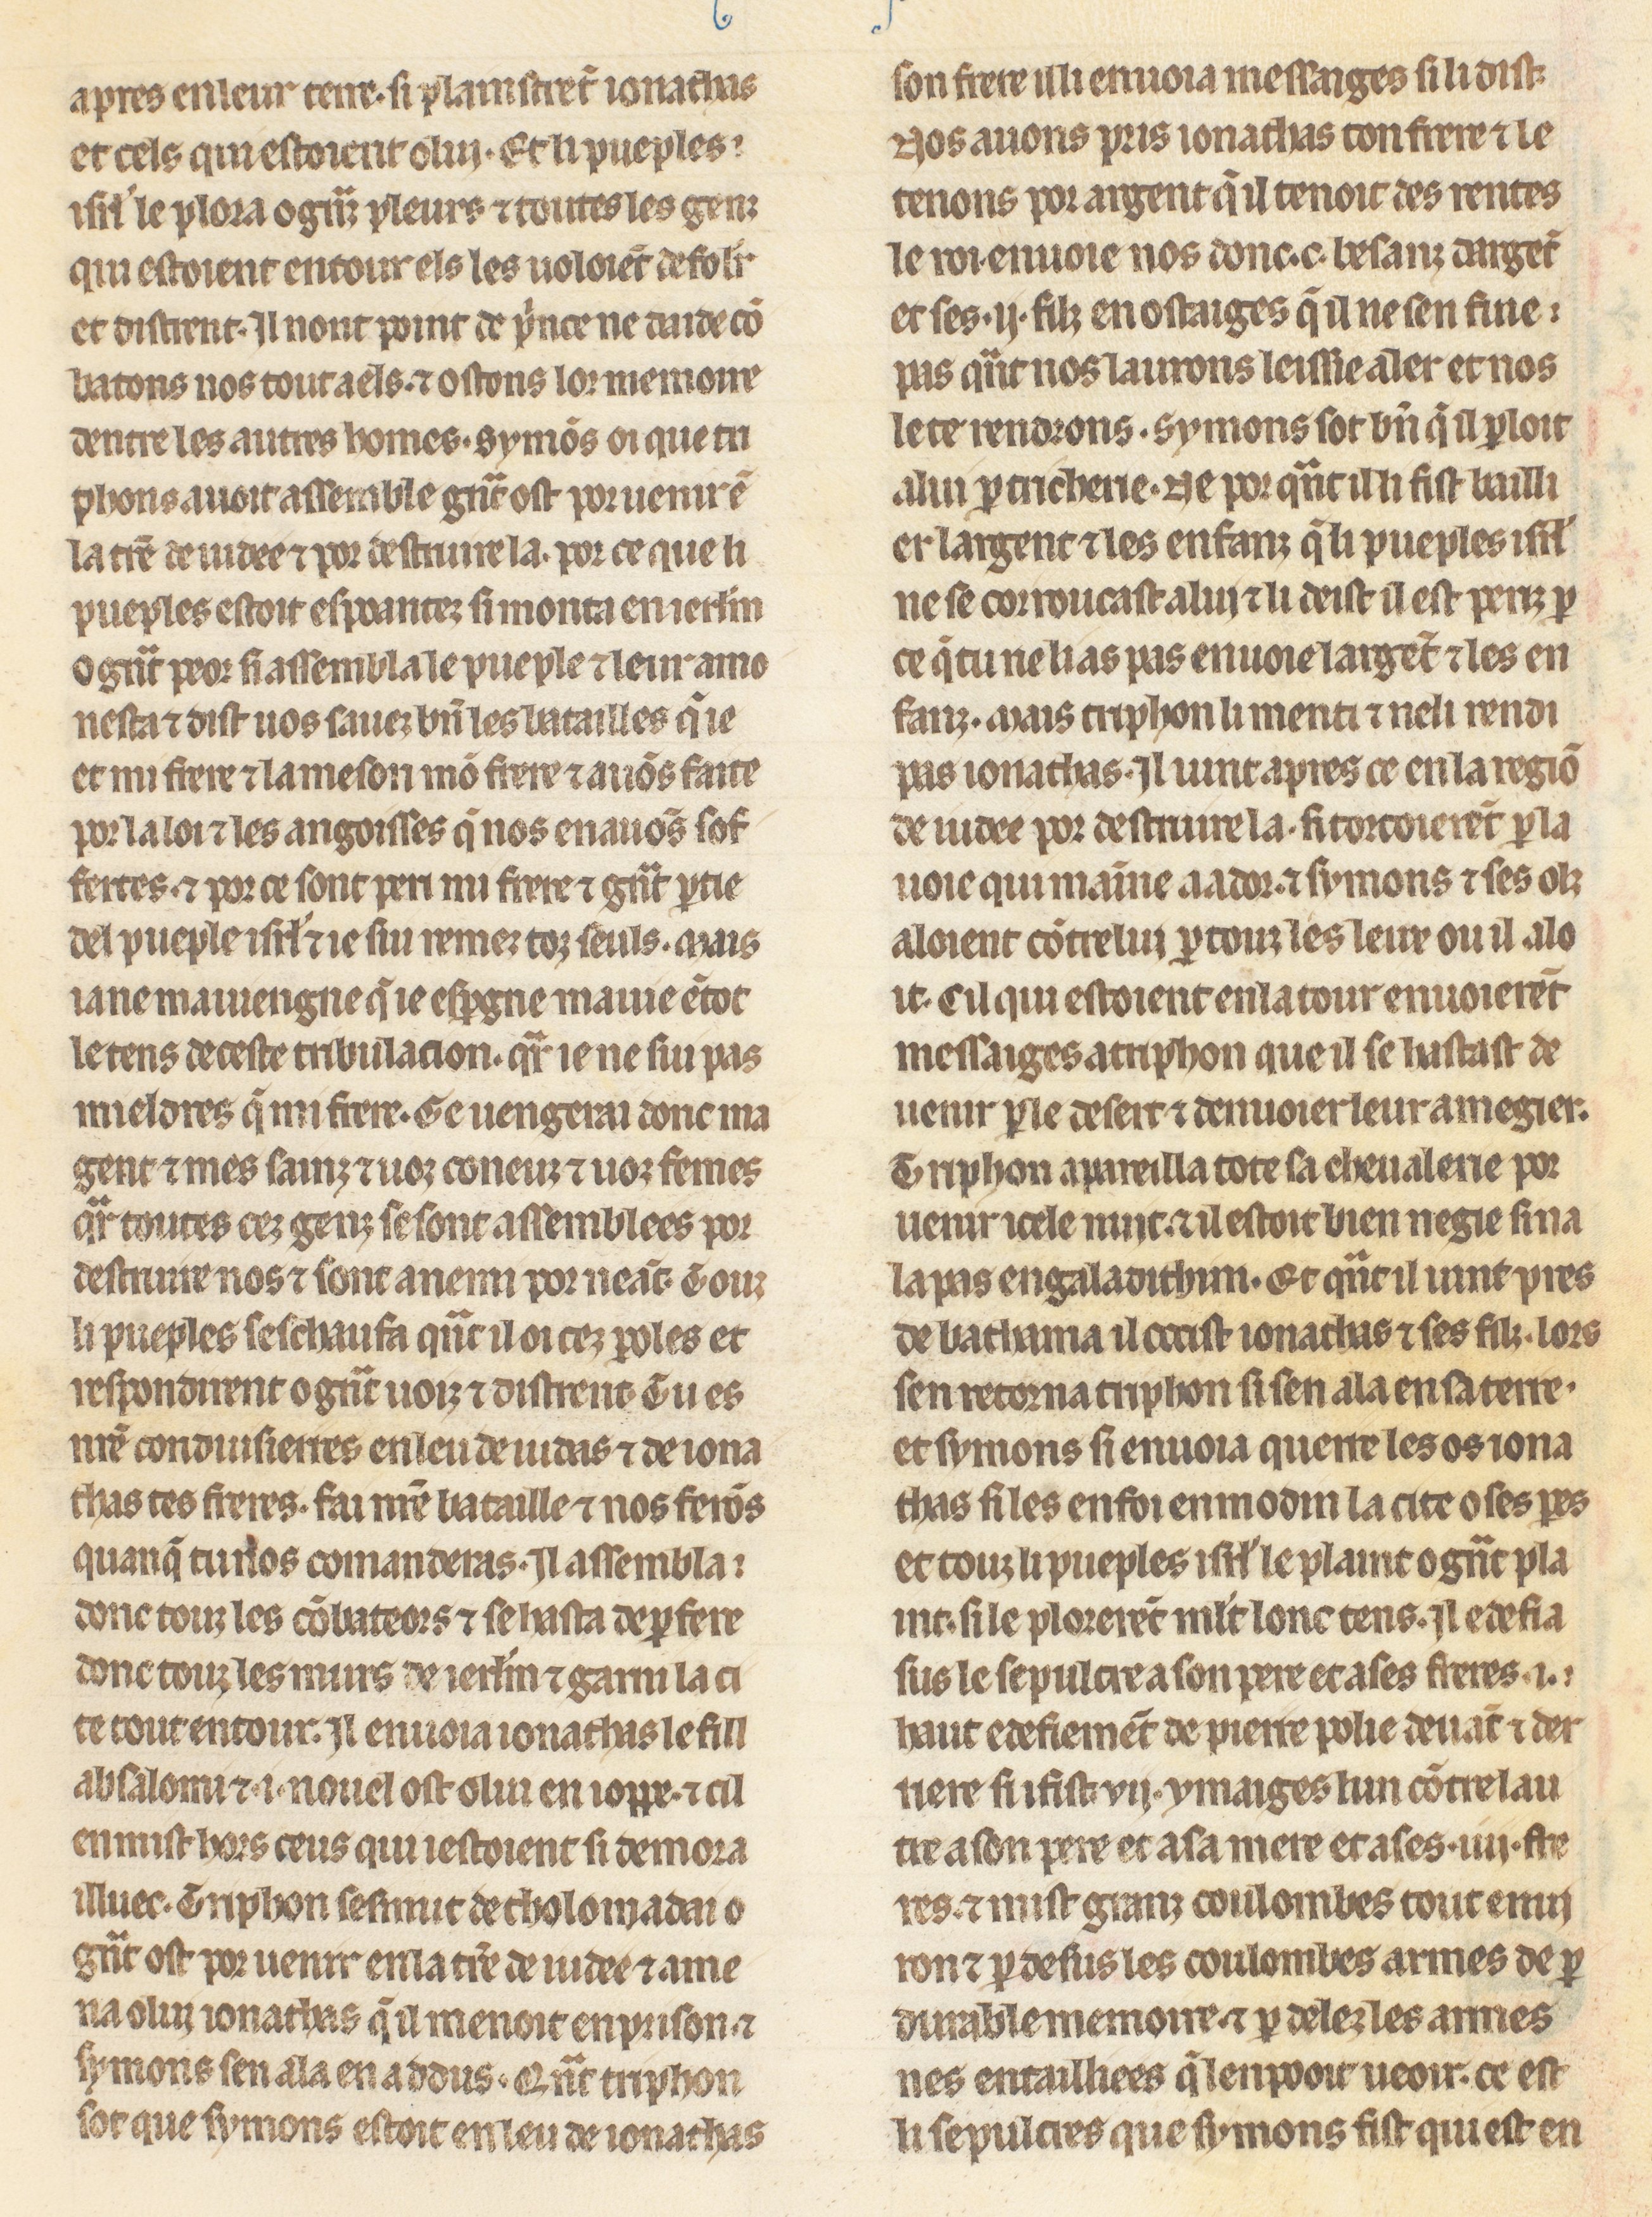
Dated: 1260–1269